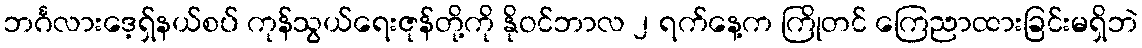
ဘင်္ဂလားဒေ့ရှ်နယ်စပ် ကုန်သွယ်ရေးဇုန်တို့ကို နိုဝင်ဘာလ ၂ ရက်နေ့က ကြိုတင် ကြေညာထားခြင်းမရှိဘဲ